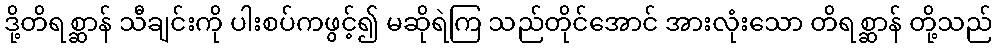
ဒို့တိရစ္ဆာန် သီချင်းကို ပါးစပ်ကဖွင့်၍ မဆိုရဲကြ သည်တိုင်အောင် အားလုံးသော တိရစ္ဆာန် တို့သည်